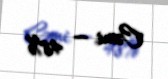
Cəmi — 48%